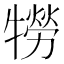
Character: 𤛮